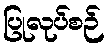
ပြုလုပ်စဉ်